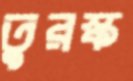
তুরস্ক